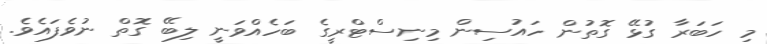
މި ހަބަރާ ގުޅޭ ގޮތުން ހައުސިން މިނިސްޓްރީގެ ބަހެއްވަނީ ލިބޭ ގޮތް ނުވެފައެވެ.